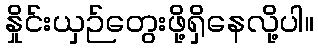
နှိုင်းယှဉ်တွေးဖို့ရှိနေလို့ပါ။